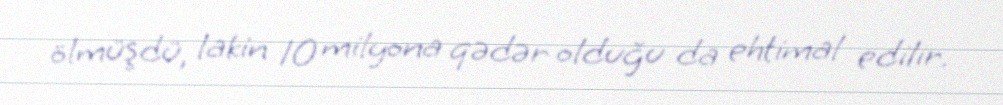
ölmüşdü, lakin 10 milyona qədər olduğu da ehtimal edilir.